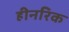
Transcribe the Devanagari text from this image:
हीनरिक